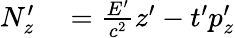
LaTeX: \begin{array}{rl}{N_{z}^{\prime}}&{{}={\frac{E^{\prime}}{c^{2}}}z^{\prime}-t^{\prime}p_{z}^{\prime}}\end{array}